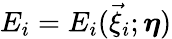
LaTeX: E_{i}=E_{i}(\vec{\xi}_{i};\boldsymbol{\eta})